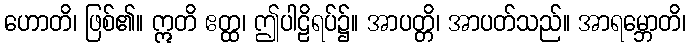
ဟောတိ၊ ဖြစ်၏။ ဣတိ ဧတ္ထ၊ ဤပါဠိရပ်၌။ အာပတ္တိ၊ အာပတ်သည်။ အာရမ္ဘောတိ၊